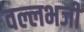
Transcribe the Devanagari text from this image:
वल्लभजी